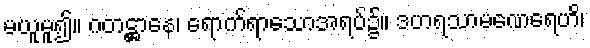
မယူမူ၍။ ဂတဋ္ဌာနေ၊ ရောက်ရာသောအရပ်၌။ ဒဟရသာမဏေရေဟိ၊